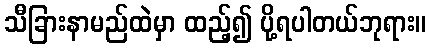
သီခြားနာမည်ထဲမှာ ထည့်၍ ပို့ရပါတယ်ဘုရား။